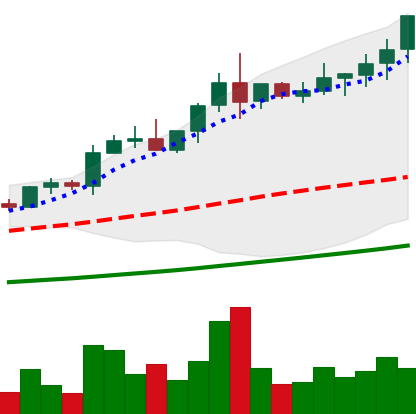
Ticker: NEO-USD
Chart end date: 2021-04-15
Forward return: 43.715%
Label: up_7plus